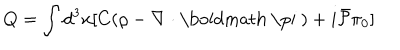
LaTeX: Q = \int d ^ { 3 } x [ C ( \rho - \nabla \cdot \mathrm { \boldmath ~ \ p i ~ } ) + i \bar { { \cal P } } \pi _ { 0 } ]